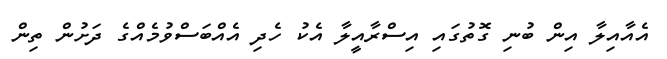
އެއާއިލާ އިން ބުނި ގޮތުގައި އިސްރާއީލާ އެކު ހެދި އެއްބަސްވުމެއްގެ ދަށުން ތިން